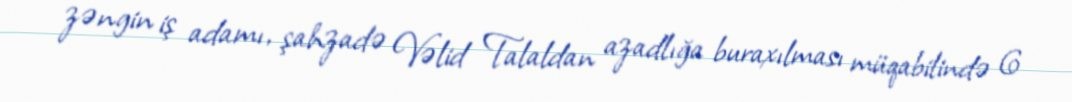
zəngin iş adamı, şahzadə Vəlid Talaldan azadlığa buraxılması müqabilində 6